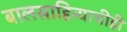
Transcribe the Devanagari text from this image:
बालसाहित्याचीही